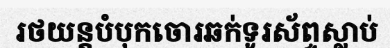
រថយន្តបំបុកចោរឆក់ទូរស័ព្ទស្លាប់